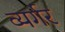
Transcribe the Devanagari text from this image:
व्यर्गर